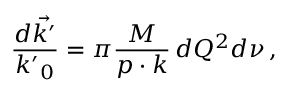
\frac { d \vec { k ^ { \prime } } } { { k ^ { \prime } } _ { 0 } } = \pi \frac { M } { p \cdot k } \, d Q ^ { 2 } d \nu \, ,